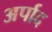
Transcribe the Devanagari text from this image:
अर्पाद